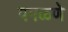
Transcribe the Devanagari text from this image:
पगळणे